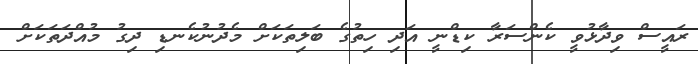
ރައީސް ވިދާޅުވީ ކެންސަރާ ކިޑްނީ އަދި ހިތުގެ ބަލިތަކަށް މެދުނުކެނޑި ދިގު މުއްދަތަކަށް